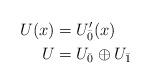
LaTeX: \begin{align*}U(x)& = U^\prime_{\bar{0}}(x)\\U& = U_{\bar{0}}\oplus U_{\bar{1}}\end{align*}